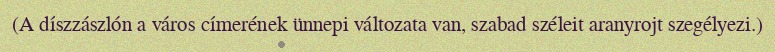
(A díszzászlón a város címerének ünnepi változata van, szabad széleit aranyrojt szegélyezi.)